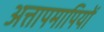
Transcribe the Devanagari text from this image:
अत्तापमापियों